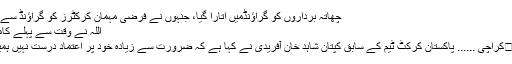
چھاتہ برداروں کو گراﺅنڈمیں اتارا گیا، جنہوں نے فرضی مہمان کرکٹرز کو گراﺅنڈ سے بچا...	مزید پڑھئے
اللہ نے وقت سے پہلے کامیابی دے دی،آفریدی
08 اکتوبر ، 2016	کراچی ...... پاکستان کرکٹ ٹیم کے سابق کپتان شاہد خان آفریدی نے کہا ہے کہ ضرورت سے زیادہ خود پر اعتماد درست نہیں ہمیشہ نقصان اٹھایا ہے۔